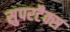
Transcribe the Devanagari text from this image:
सुपरटैक्स